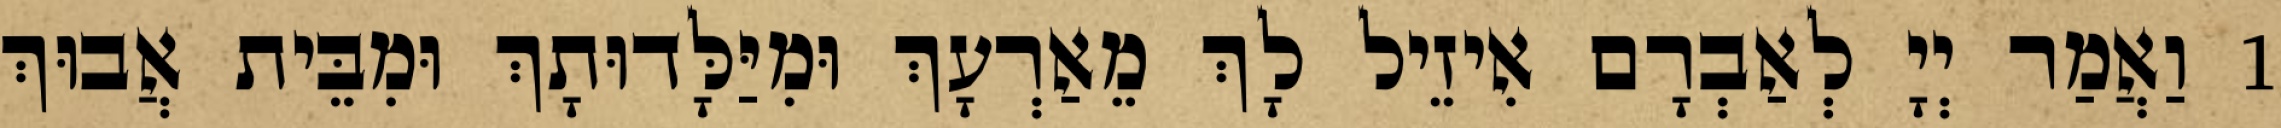
1 וַאֲמַר יְיָ לְאַבְרָם אִיזֵיל לָךְ מֵאַרְעָךְ וּמִיַּלָּדוּתָךְ וּמִבֵּית אֲבוּךְ